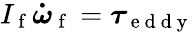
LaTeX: I_{\mathrm{~f~}}\boldsymbol{\dot{\omega}}_{\mathrm{~f~}}=\boldsymbol{\tau}_{\mathrm{~e~d~d~y~}}